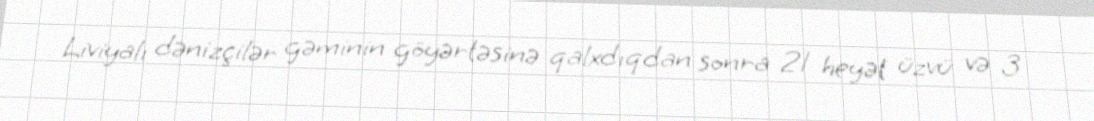
Liviyalı dənizçilər gəminin göyərtəsinə qalxdıqdan sonra 21 heyət üzvü və 3